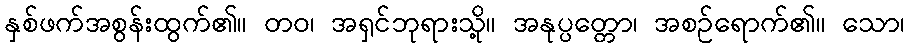
နှစ်ဖက်အစွန်းထွက်၏။ တဝ၊ အရှင်ဘုရားသို့။ အနုပ္ပတ္တော၊ အစဉ်ရောက်၏။ သော၊